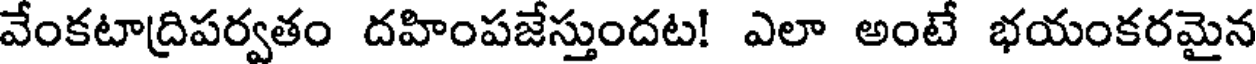
వేంకటాద్రిపర్వతం దహింపజేస్తుందట! ఎలా అంటే భయంకరమైన